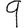
Digit: 9